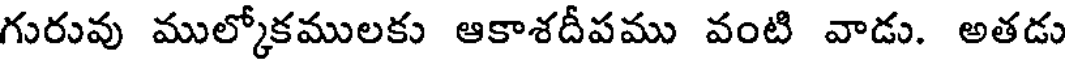
గురువు ముల్కోకములకు ఆకాశదీపము వంటి వాడు. అతడు